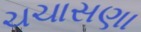
ચચાસણા